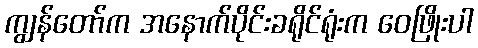
ကျွန်တော်က အနောက်ပိုင်းခရိုင်ရုံးက ဝေဖြိုးပါ